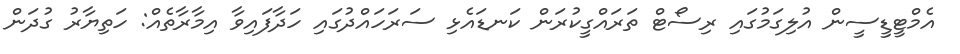
އެމްޓީޑީސީން އުލިގަމުގައި ރިސޯޓް ތަރައްގީކުރަން ކަނޑައެޅި ސަރަހައްދުގައި ހަދާފައިވާ އިމާރާތެއް: ހަތިޔާރު ގުދަން